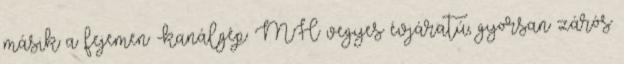
másik a fejemen -kanálgép: MH vegyes évjáratú, gyorsan zárós